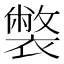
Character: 𧝬